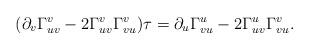
LaTeX: \begin{align*} (\partial_v\Gamma_{uv}^v-2\Gamma_{uv}^v\Gamma_{vu}^v)\tau=\partial_u\Gamma_{vu}^u-2\Gamma_{uv}^u\Gamma_{vu}^v.\end{align*}